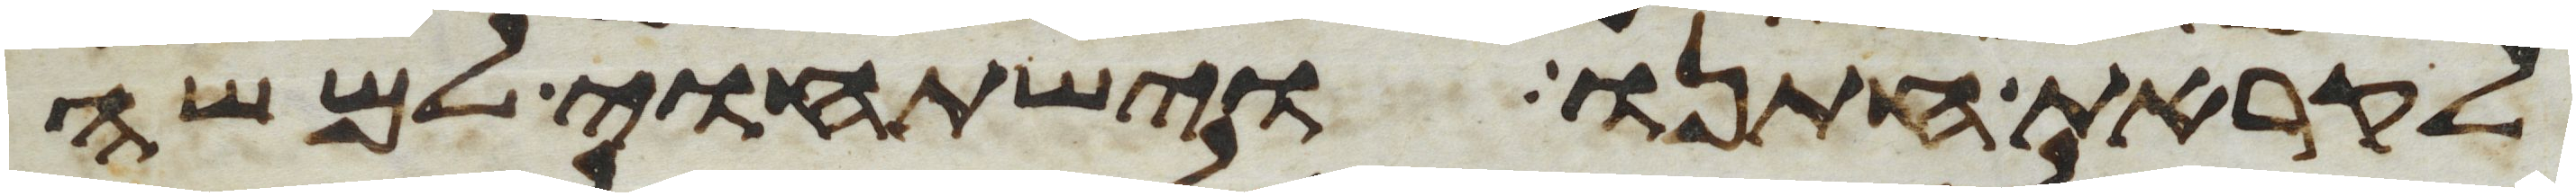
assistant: לקראת חתנו וישתחוי למשה